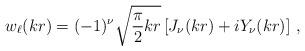
LaTeX: \begin{align*}w_\ell(kr)=(-1)^\nu\sqrt{\frac{\pi}{2}kr}\left[J_\nu(kr)+iY_\nu(kr)\right]\, , \end{align*}